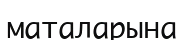
маталарына